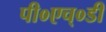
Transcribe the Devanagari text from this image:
पी०एच्०डी